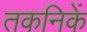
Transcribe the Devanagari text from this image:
तकनिकें